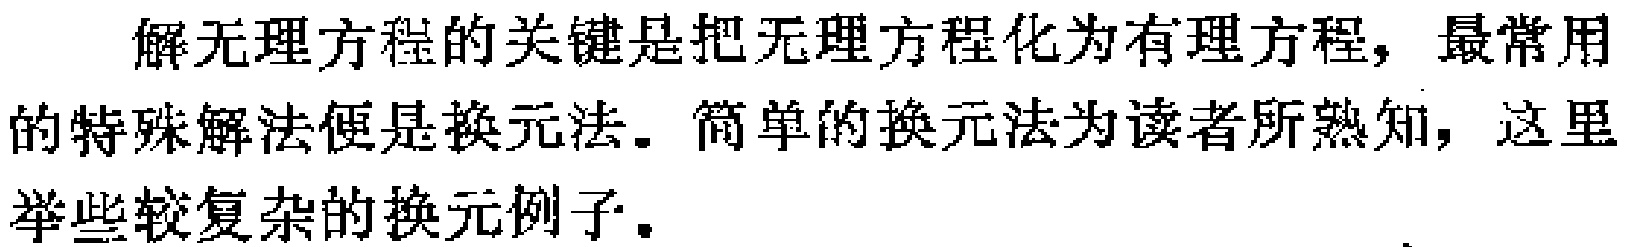
解无理方程的关键是把无理方程化为有理方程，最常用的特殊解法便是换元法。简单的换元法为读者所熟知，这里举些较复杂的换元例子。